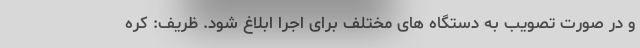
و در صورت تصویب به دستگاه های مختلف برای اجرا ابلاغ شود. ظریف‌: کره